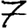
Digit: 7